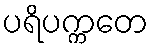
ပရိပက္ကတေ